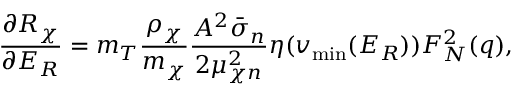
\frac { \partial R _ { \chi } } { \partial E _ { R } } = m _ { T } \frac { \rho _ { \chi } } { m _ { \chi } } \frac { A ^ { 2 } \bar { \sigma } _ { n } } { 2 \mu _ { \chi n } ^ { 2 } } \eta ( v _ { \mathrm { m i n } } ( E _ { R } ) ) F _ { N } ^ { 2 } ( q ) ,